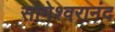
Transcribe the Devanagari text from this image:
सोमेश्वरानंद